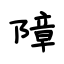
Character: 障